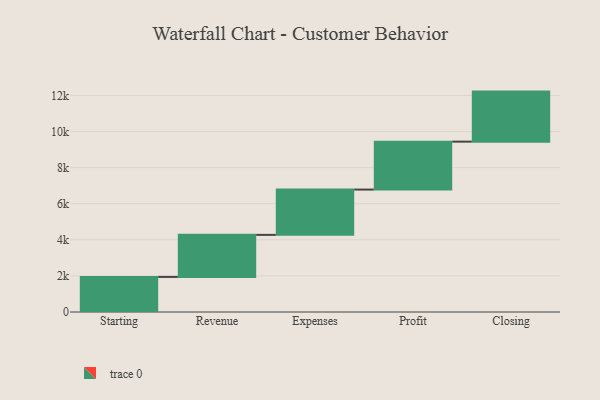
{"axis": {"x": "Step", "y": "Value"}, "legend": [""], "data": [{"x": "Starting", "y": 1944.0, "type": ""}, {"x": "Revenue", "y": 2330.0, "type": ""}, {"x": "Expenses", "y": 2510.0, "type": ""}, {"x": "Profit", "y": 2656.0, "type": ""}, {"x": "Closing", "y": 2773.0, "type": ""}]}